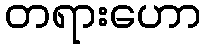
တရားဟော